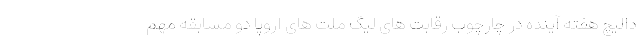
دالیچ هفته آینده در چارچوب رقابت های لیگ ملت های اروپا دو مسابقه مهم